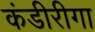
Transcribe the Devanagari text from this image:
कंडीरीगा